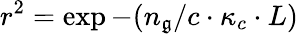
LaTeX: r^{2}=\exp{-(n_{\mathfrak{g}}/c\cdot{\kappa_{c}}\cdot{L})}